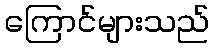
ကြောင်များသည်